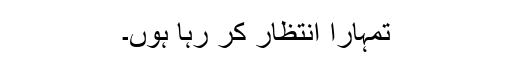
تمہارا انتظار کر رہا ہوں۔